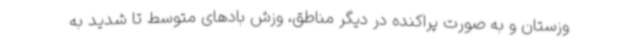
وزستان و به صورت پراکنده در دیگر مناطق، وزش بادهای متوسط تا شدید به